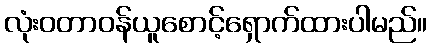
လုံးဝတာဝန်ယူစောင့်ရှောက်ထားပါမည်။